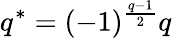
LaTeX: q^{*}=(-1)^{\frac{q-1}{2}}q